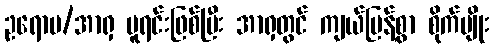
ဥရောပ/အာရှ မူရင်းဖြစ်ပြီး အာရှတွင် ကျယ်ပြန့်စွာ စိုက်ပျိုး